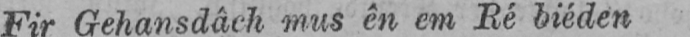
Fir Gehansdâch mus ên em Ré biéden